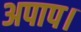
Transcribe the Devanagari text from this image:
अपाप।